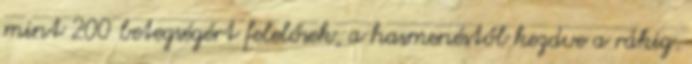
mint 200 betegségért felelősek, a hasmenéstől kezdve a rákig.